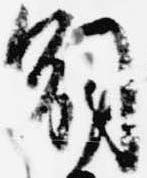
嗣